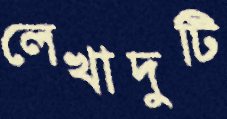
লেখাদুটি